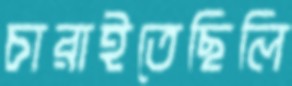
চারাইতেছিলি